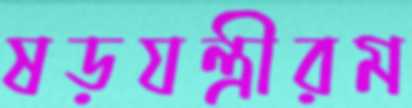
ষড়যন্ত্রীরম